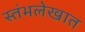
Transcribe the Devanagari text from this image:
स्तंभलेखात